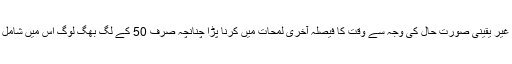
موسم کی غیر یقینی صورت حال کی وجہ سے وقت کا فیصلہ آخری لمحات میں کرنا پڑا چنانچہ صرف 50 کے لگ بھگ لوگ اس میں شامل ہو سکے۔